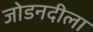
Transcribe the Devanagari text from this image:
जोडनदीला